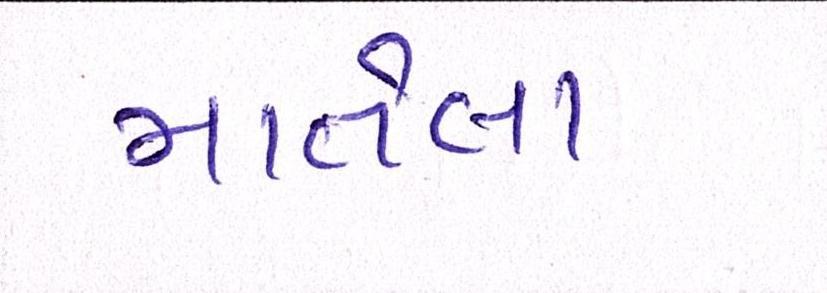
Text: માતેલા